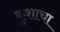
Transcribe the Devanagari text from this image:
कुशाचा